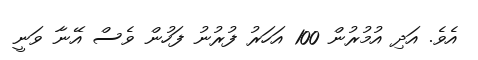
އެވެ. އަދި އުމުރުން 100 އަހަރު ފުރުނު ފަހުން ވެސް އޭނާ ވަނީ